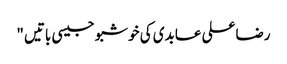
رضاعلی عابدی کی خوشبو جیسی باتیں "